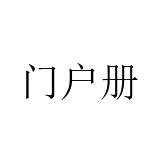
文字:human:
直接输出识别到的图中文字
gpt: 门户册